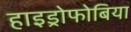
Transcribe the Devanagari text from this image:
हाइड्रोफोबिया